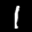
Label: 1